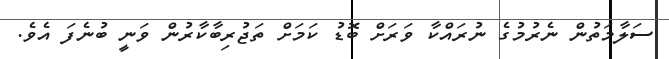
ސަލާމަތުން ނެރުމުގެ ނުރައްކާ ވަރަށް ބޮޑު ކަމަށް ތަޖުރިބާކާރުން ވަނީ ބުނެފަ އެވެ.